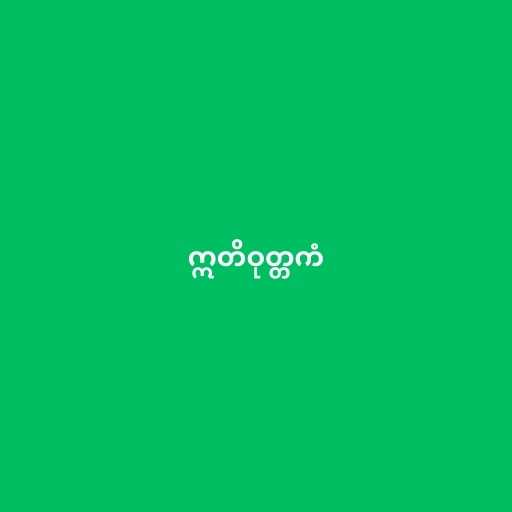
ဣတိဝုတ္တကံ